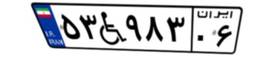
۵۳W۹۸۳۰۶